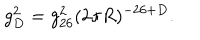
g _ { D } ^ { 2 } = g _ { 2 6 } ^ { 2 } ( 2 \pi R ) ^ { - 2 6 + D } .